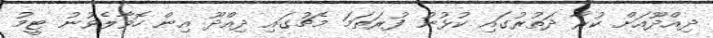
ދިއްދޫއަށް ކުރާ ދަތުރުގައި ކުޅުނު ފުރަތަމަ މެޗުގައި ދިއްދޫ އިން ހޮވާލެވުނު ޓީމު